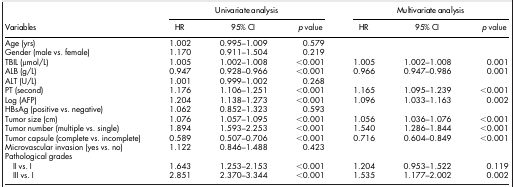
| <ROWSPAN=2> Variables | <COLSPAN=3> Univariate analysis | <COLSPAN=3> Multivariate analysis |
 | HR | 95% CI | p value | HR | 95% CI | p value |
 | --- | --- | --- | --- | --- | --- | --- |
 | Age (yrs) | 1.002 | 0.995–1.009 | 0.579 |  |  |  |
 | Gender (male vs. female) | 1.170 | 0.911–1.504 | 0.219 |  |  |  |
 | TBIL (μmol/L) | 1.005 | 1.002–1.008 | <0.001 | 1.005 | 1.002–1.008 | 0.001 |
 | ALB (g/L) | 0.947 | 0.928–0.966 | <0.001 | 0.966 | 0.947–0.986 | 0.001 |
 | ALT (U/L) | 1.001 | 0.999–1.002 | 0.268 |  |  |  |
 | PT (second) | 1.176 | 1.106–1.251 | <0.001 | 1.165 | 1.095–1.239 | <0.001 |
 | Log (AFP) | 1.204 | 1.138–1.273 | <0.001 | 1.096 | 1.033–1.163 | 0.002 |
 | HBsAg (positive vs. negative) | 1.062 | 0.852–1.323 | 0.593 |  |  |  |
 | Tumor size (cm) | 1.076 | 1.057–1.095 | <0.001 | 1.056 | 1.036–1.076 | <0.001 |
 | Tumor number (multiple vs. single) | 1.894 | 1.593–2.253 | <0.001 | 1.540 | 1.286–1.844 | <0.001 |
 | Tumor capsule (complete vs. incomplete) | 0.589 | 0.507–0.706 | <0.001 | 0.716 | 0.604–0.849 | <0.001 |
 | Microvascular invasion (yes vs. no) | 1.122 | 0.846–1.488 | 0.423 |  |  |  |
 | Pathological grades |  |  |  |  |  |  |
 | II vs. I | 1.643 | 1.253–2.153 | <0.001 | 1.204 | 0.953–1.522 | 0.119 |
 | III vs. I | 2.851 | 2.370–3.344 | <0.001 | 1.535 | 1.177–2.002 | 0.002 |